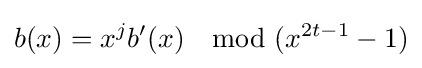
b(x)=x^{j}b'(x)\mod (x^{2t-1}-1)